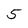
Character: 5